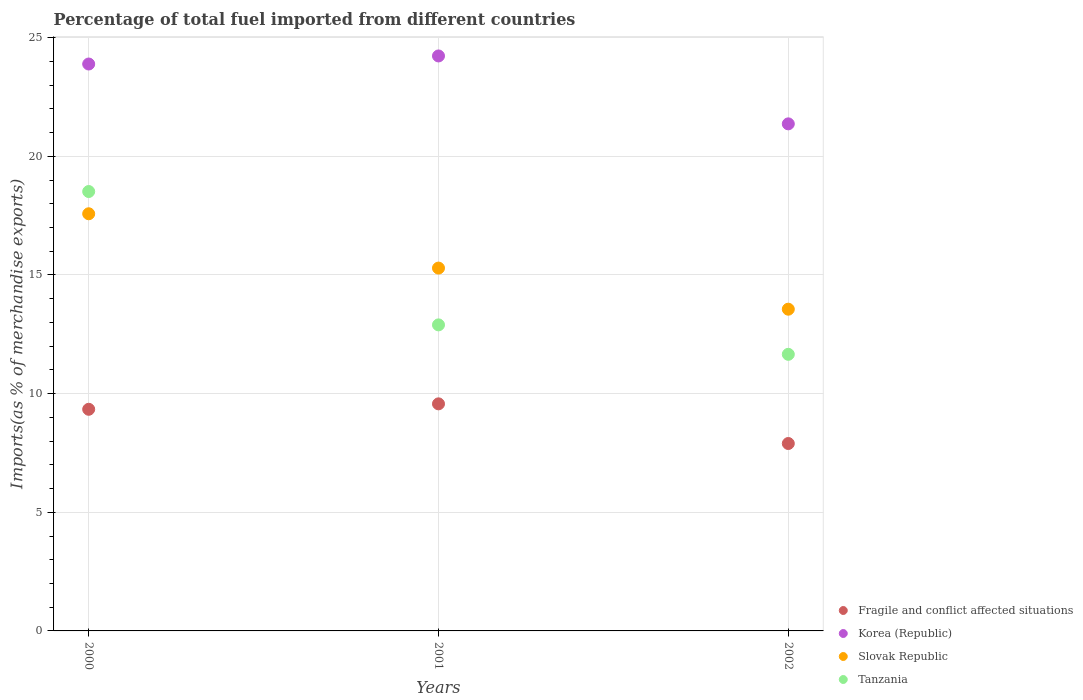
| Years | Fragile and conflict affected situations | Korea (Republic) | Slovak Republic | Tanzania |
 | --- | --- | --- | --- | --- |
 | 2000 | 9.34 | 23.9 | 17.6 | 18.5 |
 | 2001 | 9.57 | 24.2 | 15.3 | 12.9 |
 | 2002 | 7.9 | 21.4 | 13.6 | 11.7 |